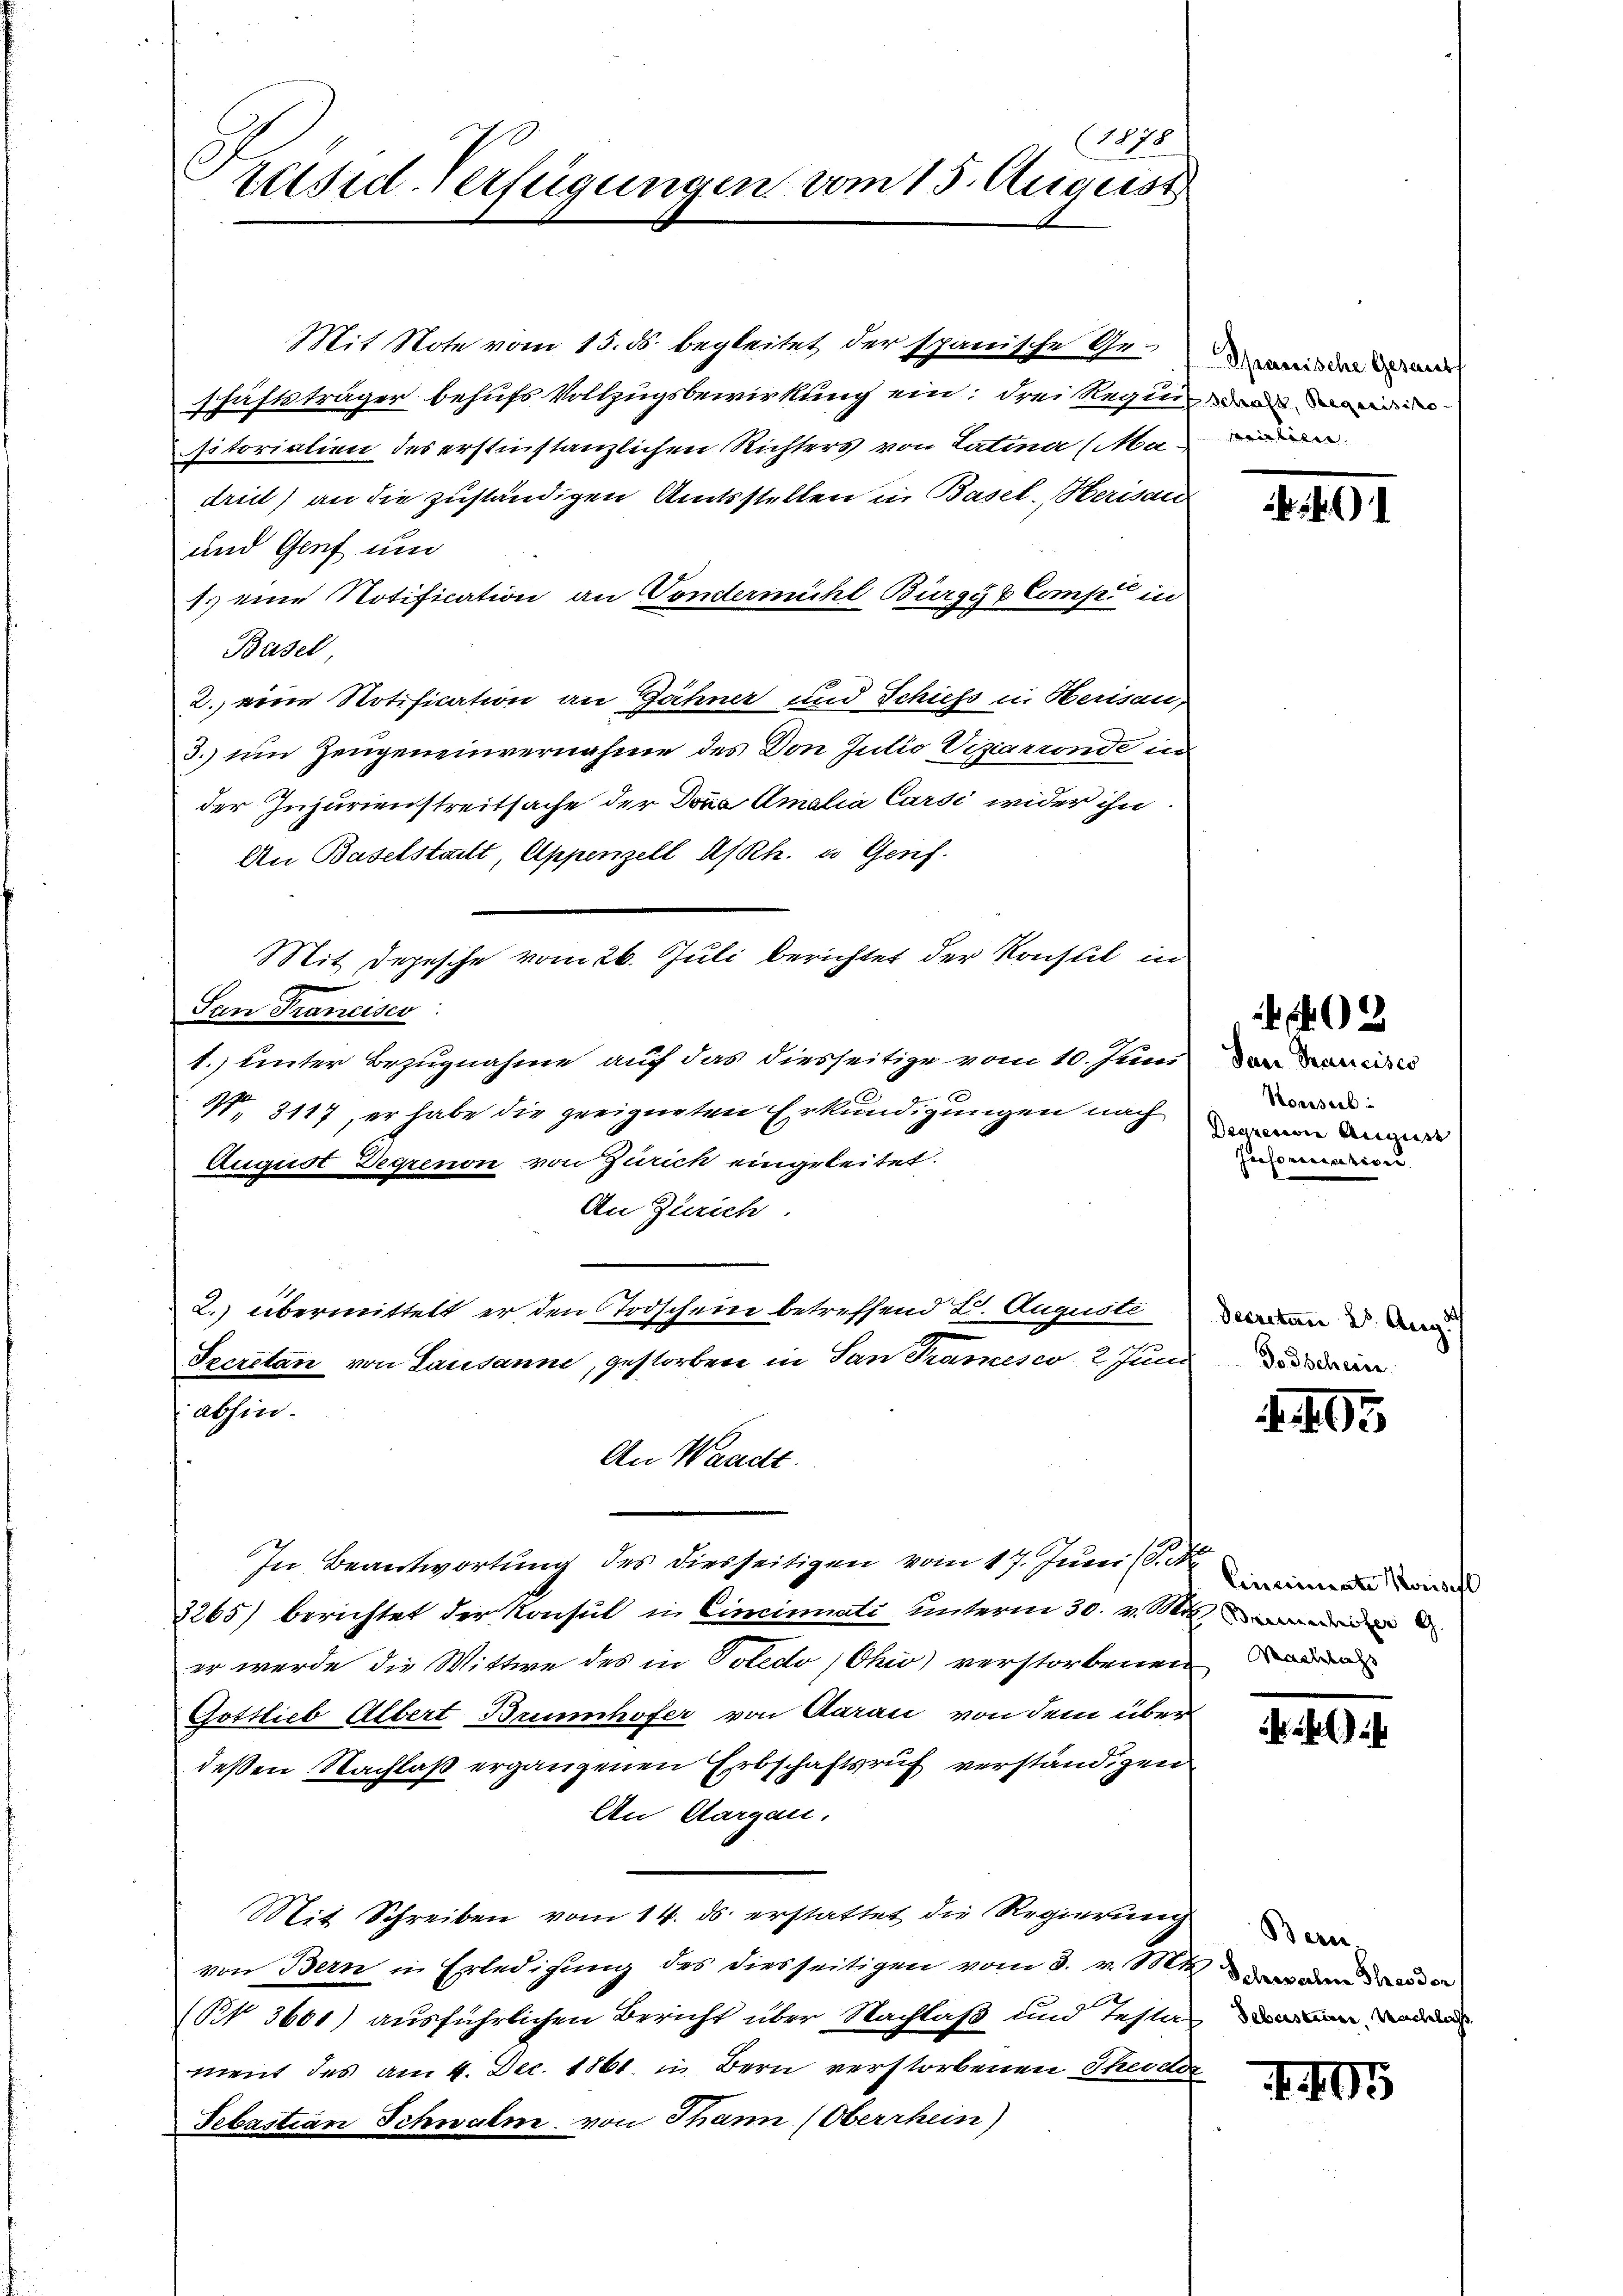
(1878
rüsid-Verfügungen vom 15. August

Mit Note vom 15. ds. begleitet der spanische Geschäftsträger behufs Vollzugsbewirkung ein, drei Reginner
itoriation des erstinstanzlichen Richters von Latina (Ma
drie) an die zuständigen Amtsstellen in Basel-Berisau
und Genf und
1. eine Notification an Vondernicht Bürgy & Comp. in
Basel
2. eine Notification an Gähner und Schiess in Herisau,
3.) um Zeugeneinvernahme des Don Julio Vigarronde in
der Injurienstreitsache der Dona Amalia Carsi wider ihn
An Baselstailt, Appenzell A/Rh. u. Genf.
San Francisco
1. unter Bezugnahme auf das diesseitige vom 10. Juni
 3117, er habe die geeigneten Erkundigungen nach
August Degrenon von Zürich eingeleitet.
An Zürich.
2. übermittelt er den Todschein betreffend E. Auguste
Secretan von Lausanne, gestorben in San Tramesco 2 Juni
abhin.
An Waadt.
In Beantwortung des diesseitigen vom 17. Juni (S. 4
2265) berichtet der Konsul in Cincinati unterm 30. v. M.
er werde die Wittwe des in Totedo (Chio) verstorbenen
Gottlieb Albert Brunhofer von Aarau von dem über
deßen Nachlaß ergangenen Erbschaftsruf verständigen
An Aargau.
Mit Schreiben vom 14. ds. erstattet die Regierung
von Bern in Erledigung des diesseitigen vom 3. v. M.
(Rt 3601) ausführlichen Bericht über Nachlaß und Testa
ment des am 4. Dec. 1861 in Bern verstorbenen Theodi
Sebastian Schwalm von Thann (Oberrhein)

Mit Depesche vom 26. Juli berichtet der Konsul in

Spassische Gesandt
wirbeln.

)

Das Tunicises
Ronsul
Degreni August
Jusorication.

2

Decretarii 28. Aug.
Todsche

195

Cinciniste Korischl
E Brunnechster G
Wemeldungs

hl)

Bern,
f Schweilen Theodor
Sebastiani, Nachlach

405